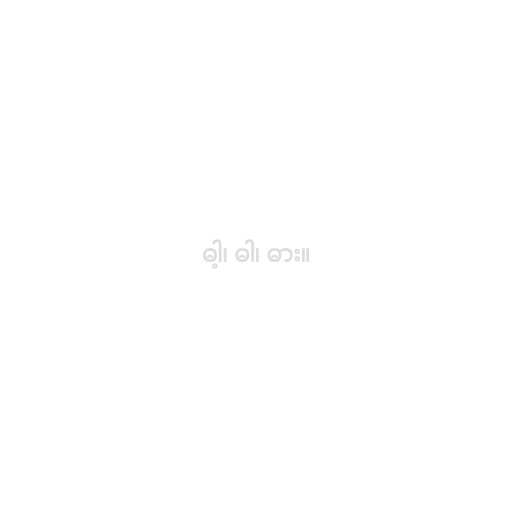
ဓါ့၊ ဓါ၊ ဓား။